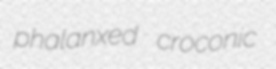
phalanxed croconic